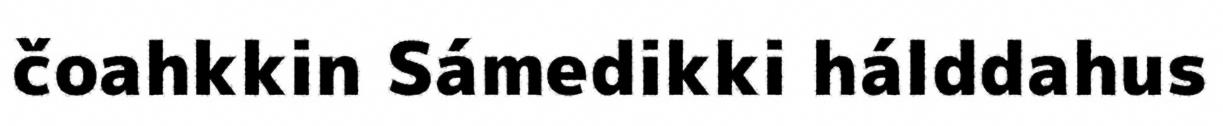
čoahkkin Sámedikki hálddahus